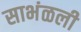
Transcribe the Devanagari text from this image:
साभंळली